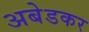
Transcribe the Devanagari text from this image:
अबेडकर